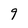
Character: g